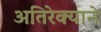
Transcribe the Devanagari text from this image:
अतिरेक्याने